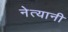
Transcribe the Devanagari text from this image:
नेत्यानी